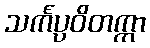
သင်္ကပ္ပဝိတက္ကာ